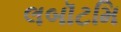
લબૉટમિ